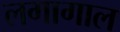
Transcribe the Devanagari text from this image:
लगागाल